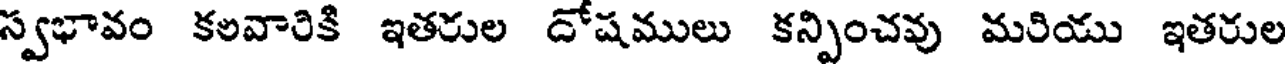
స్వభావం కలవారికి ఇతరుల దోషములు కన్పించవు మరియు ఇతరుల